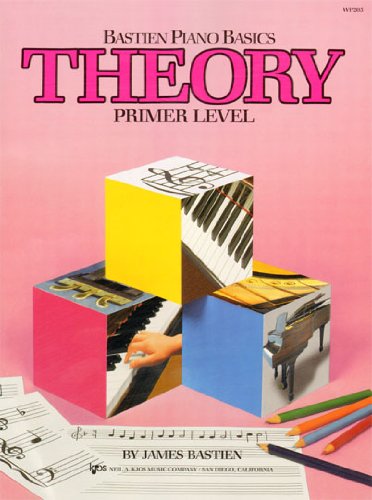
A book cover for WP205 - Bastien Piano Basics Theory Primer (Primer Level/Bastien Piano Basics Wp205); James Bastien; Humor & Entertainment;